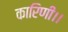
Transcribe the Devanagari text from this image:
कारिणी।।